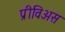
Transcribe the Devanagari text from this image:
प्रीविअस